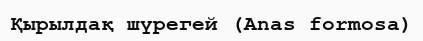
Қырылдақ шүрегей (Anas formosa)